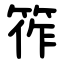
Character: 筰